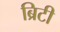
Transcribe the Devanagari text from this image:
ब्रिटी